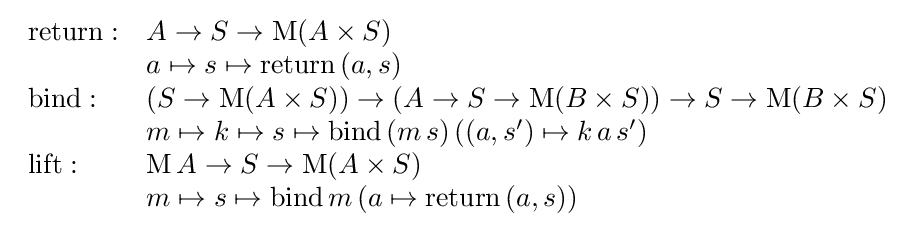
{\begin{array}{ll}\mathrm {return} :&A\rightarrow S\rightarrow \mathrm {M} (A\times S)\\&a\mapsto s\mapsto \mathrm {return} \,(a,s)\\\mathrm {bind} :&(S\rightarrow \mathrm {M} (A\times S))\rightarrow (A\rightarrow S\rightarrow \mathrm {M} (B\times S))\rightarrow S\rightarrow \mathrm {M} (B\times S)\\&m\mapsto k\mapsto s\mapsto \mathrm {bind} \,(m\,s)\,((a,s')\mapsto k\,a\,s')\\\mathrm {lift} :&\mathrm {M} \,A\rightarrow S\rightarrow \mathrm {M} (A\times S)\\&m\mapsto s\mapsto \mathrm {bind} \,m\,(a\mapsto \mathrm {return} \,(a,s))\end{array}}